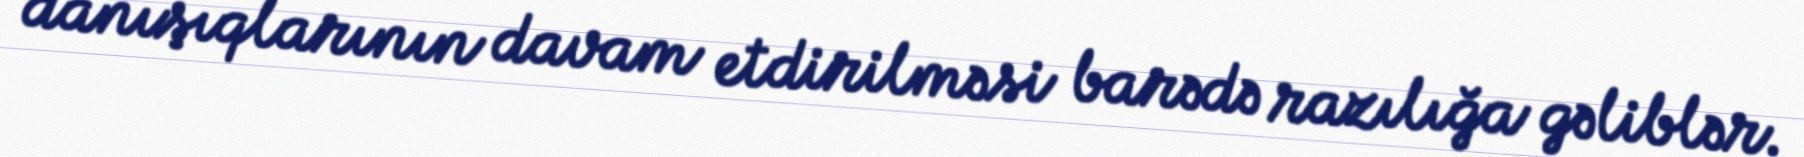
danışıqlarının davam etdirilməsi barədə razılığa gəliblər.